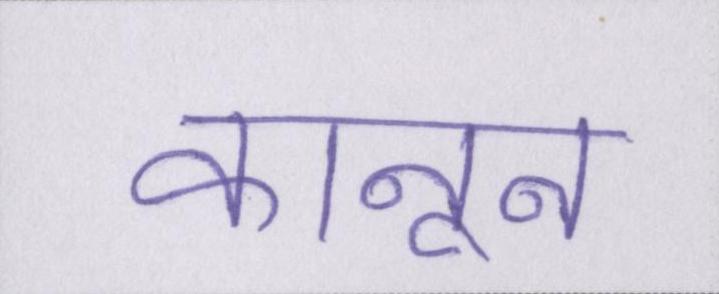
कानून